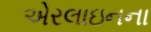
એરલાઇનના